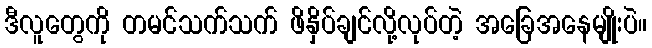
ဒီလူတွေကို တမင်သက်သက် ဖိနှိပ်ချင်လို့လုပ်တဲ့ အခြေအနေမျိုးပဲ။